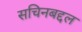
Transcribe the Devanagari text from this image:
सचिनबद्दल